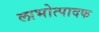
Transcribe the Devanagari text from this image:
लाभोत्पादक